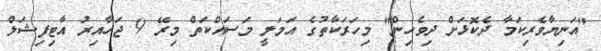
"އަނިޔާވެރިކަމާ ދެކޮޅަށް ދިވެހިން" މިހަރަކާތުގެ އަމަލީ މަސައްކަތް މިރޭ 9 ޖަހާއިރު އާޓިފިޝަލް